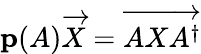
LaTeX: \mathbf{p}(A){\overrightarrow{X}}={\overrightarrow{AXA^{\dagger}}}